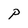
Character: P